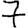
Digit: 7